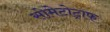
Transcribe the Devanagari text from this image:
सोमेटोट्राफ